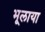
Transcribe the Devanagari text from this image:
भूलाया